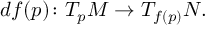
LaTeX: d f ( p ) \colon T _ { p } M \to T _ { f ( p ) } N .